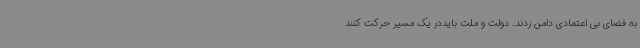
به فضای بی اعتمادی دامن زدند. دولت و ملت بایددر یک مسیر حرکت ‌کنند